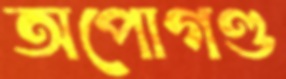
অপোগণ্ড